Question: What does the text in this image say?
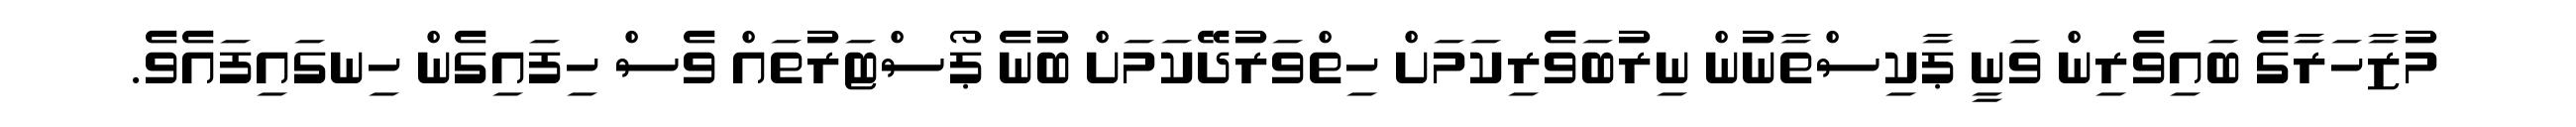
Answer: މުޒާހަރާގެ ބައިވެރިން ވަނީ ޕާކިސްތާނުން ނިރުބަވެރިކަމަށް ހިތްވަރުދޭކަމަށް ބުނެ ޕޯސްޓަރުތައް ވެސް ހިފައިގެން ހިނގައިފައެވެ.